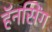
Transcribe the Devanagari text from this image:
हॅनसिंग